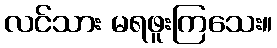
လင်သား မရဖူးကြသေး။